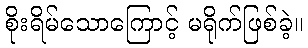
စိုးရိမ်သောကြောင့် မရိုက်ဖြစ်ခဲ့။